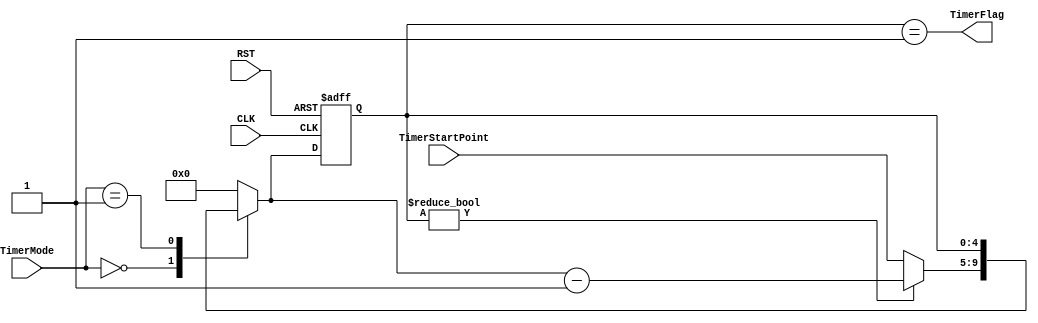
module OneMinuteTimer
(
  input wire          CLK,
  input wire          RST,
  //input wire  [28:0]        TimerStartPoint,
  input wire [4:0]    TimerStartPoint,
  input wire [1:0]    TimerMode,
  output wire         TimerFlag
);


//---------------------------- interal signals ----------------------------//

//reg [28:0] Counter; //FIXME:
reg [4:0] Counter;
//reg [28:0] Counter_comb;  //FIXME:
reg [4:0] Counter_comb;


//---------------------------- local parameters ---------------------------//

//Counter Modes
localparam  RUN = 2'b00,
            PAUSE = 2'b01,
            STOP = 2'b10;


//---------------------- sequential always blocks -------------------------//

always @ (posedge CLK or negedge RST)
  begin
    if(!RST)
      begin
        Counter <= 28'd0;
      end
    else 
      begin
        Counter <= Counter_comb;
      end
  end


//-------------------------- combinational blocks -------------------------//

//asserting flag when the  minute is completed
assign TimerFlag = (Counter == 28'd1);


//counter behavoir according to timer mode
always @ (*)
  begin
    case(TimerMode)
      RUN:
        begin
          if(Counter)
            begin
              Counter_comb = Counter_comb - 1;
            end
          else
            begin
              Counter_comb = TimerStartPoint;
            end
        end
      PAUSE:
        begin
          Counter_comb = Counter;
        end
      STOP:
        begin
          Counter_comb = 0;
        end
      default:
        begin
          Counter_comb = 0;
        end
    endcase
  end 
   



endmodule